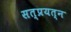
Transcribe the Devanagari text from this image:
सत्प्रयत्न